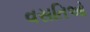
વસતિઓ